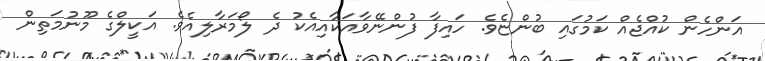
އަންހެން ކުއްޖެއް ކަމުގައި ބުންޏެވެ. ހައިފާ ފުންނޭވާއަކާއިއެކު ދެ ލޯމަރާލިއެވެ. އަކީލްގެ މޫނުމަތިން